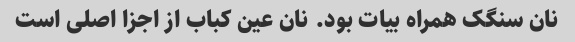
نان سنگک همراه بیات بود. نان عین کباب از اجزا اصلی است